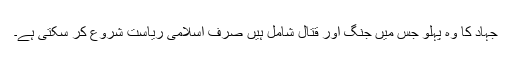
جہاد کا وہ پہلو جس میں جنگ اور قِتال شامل ہیں صرف اسلامی ریاست شروع کر سکتی ہے۔